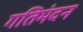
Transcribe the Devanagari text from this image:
गतिमंदन